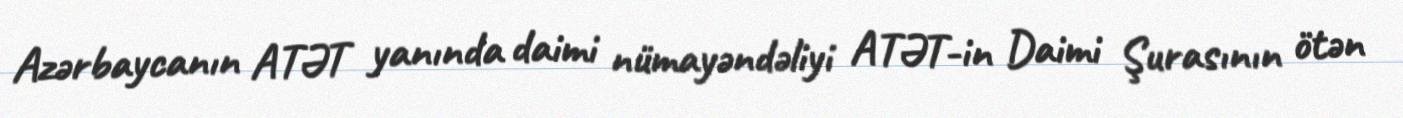
Azərbaycanın ATƏT yanında daimi nümayəndəliyi ATƏT-in Daimi Şurasının ötən